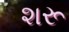
શરૂ